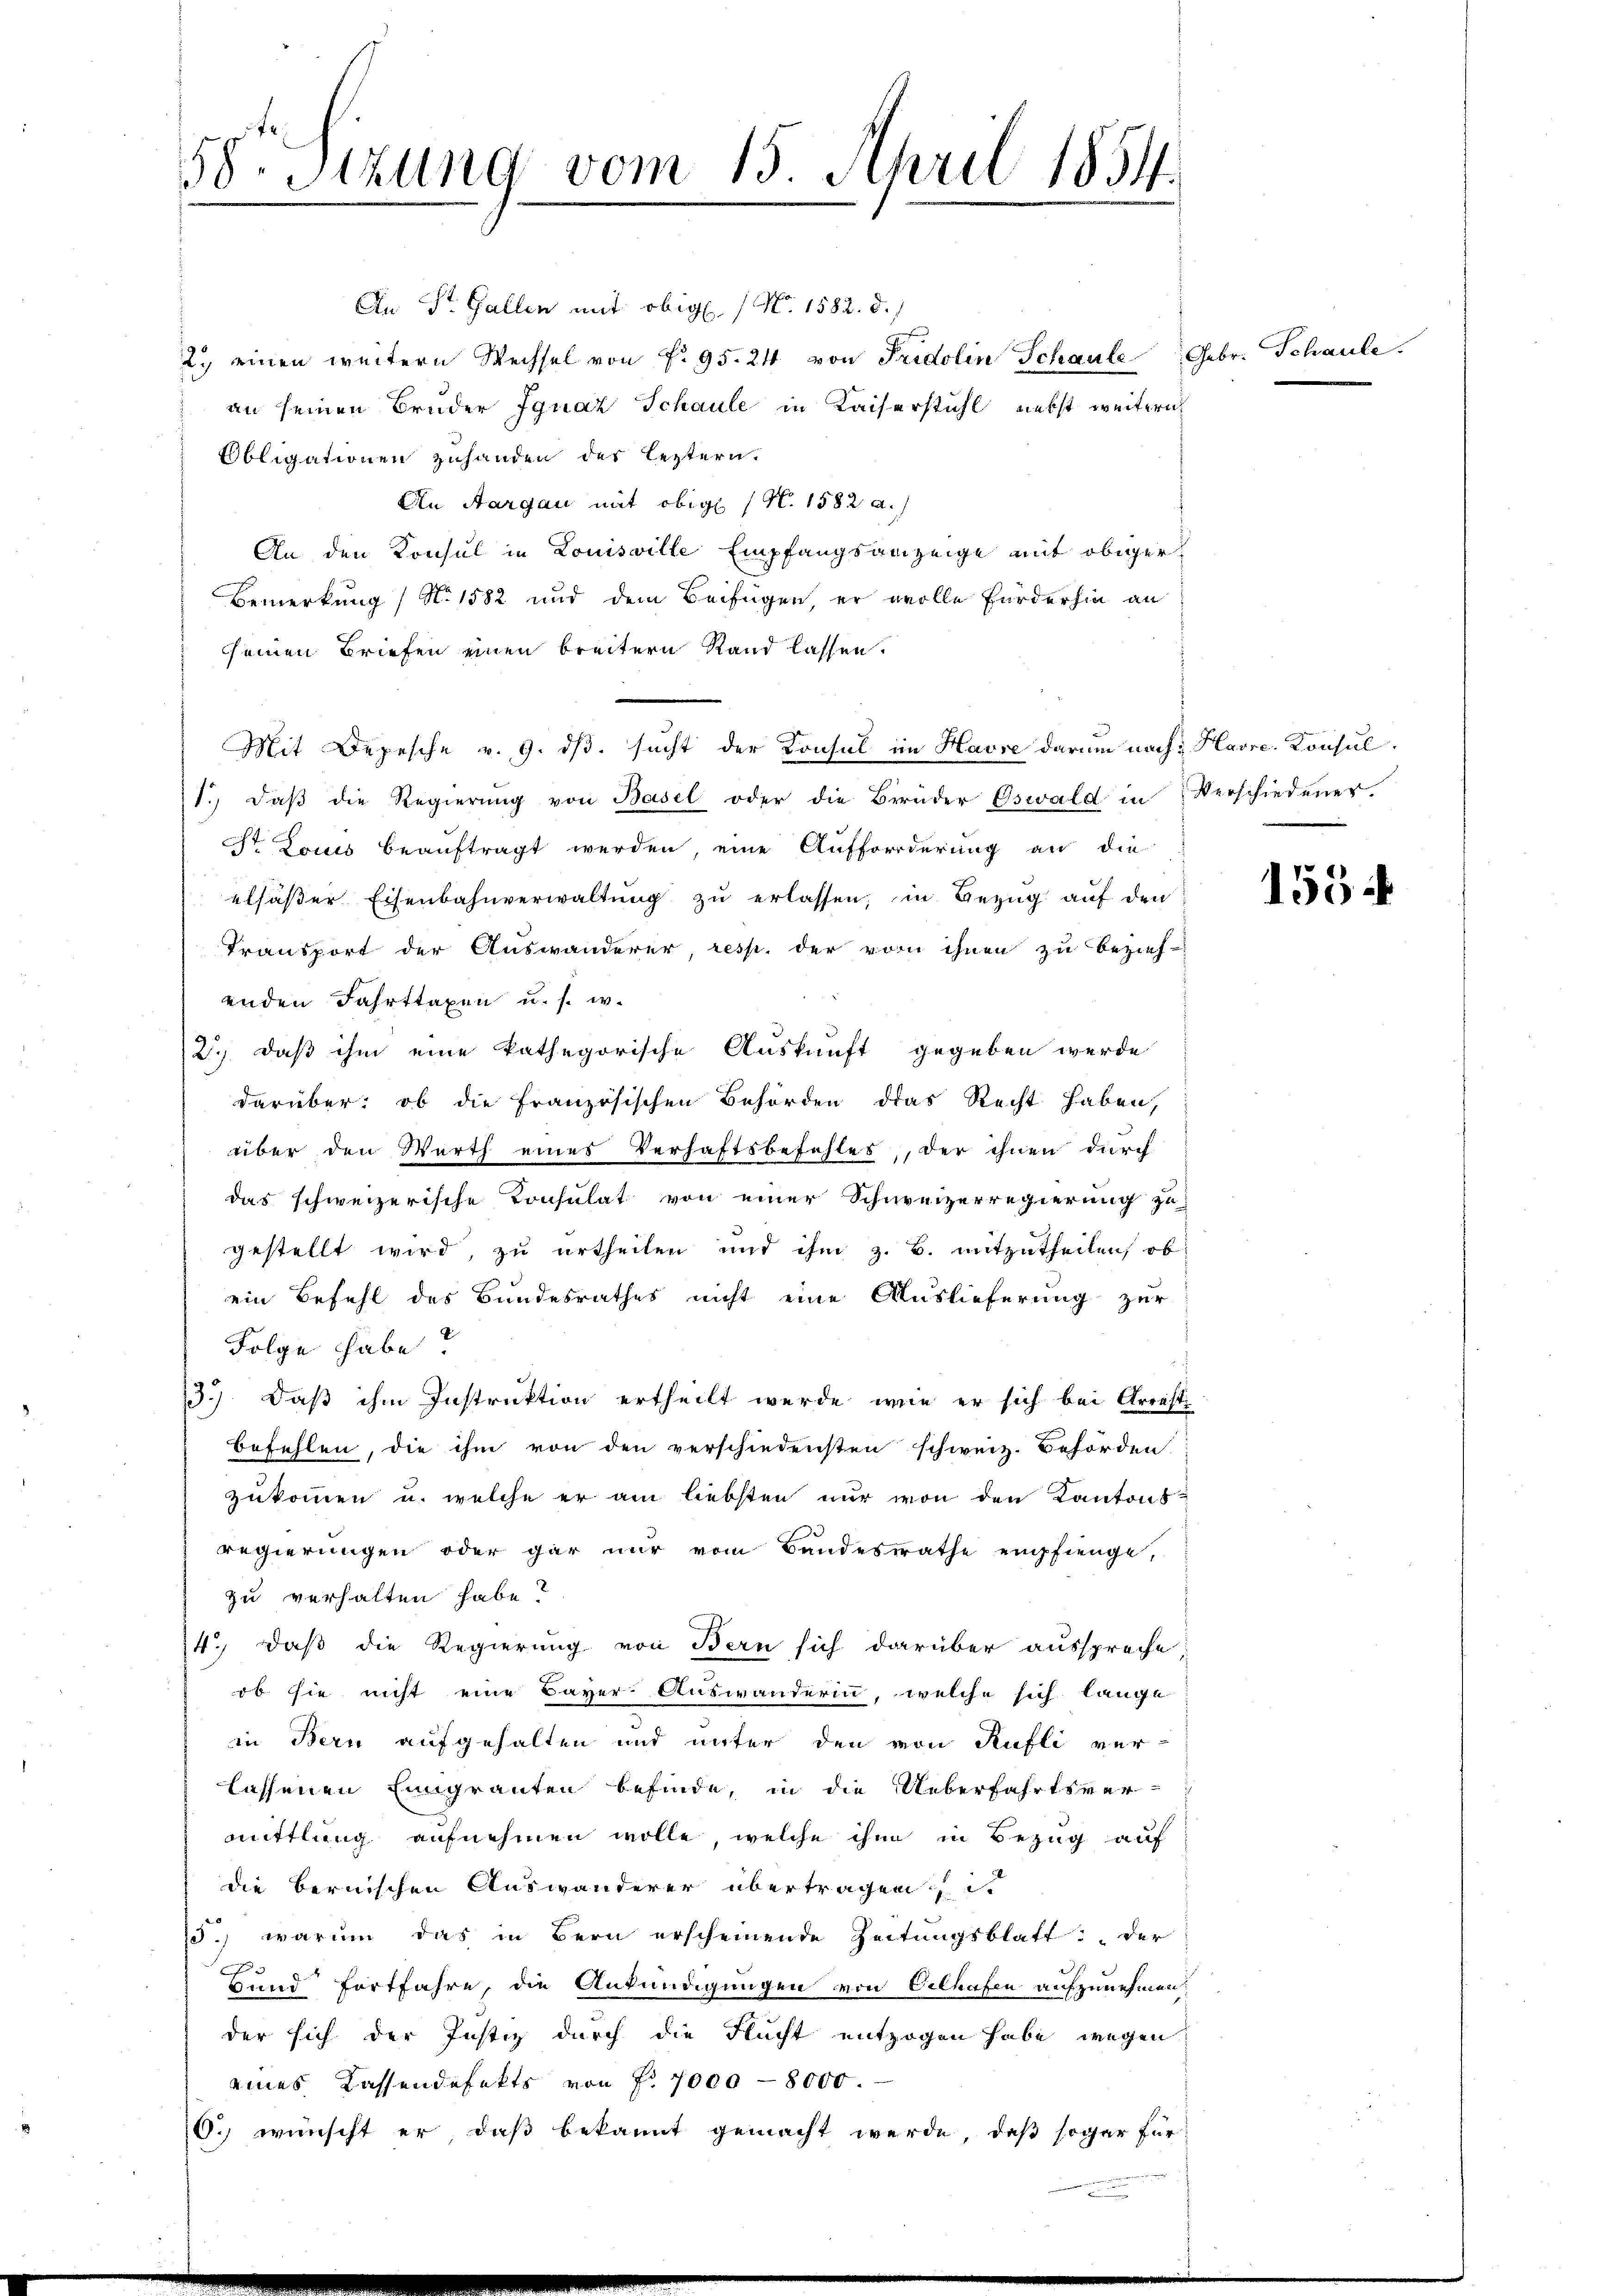
58. Sitzung vom 15. April 1854.
.

An St. Gallen mit obig. (N. 1582. d.
2.) einen weitern Wechsel von f. 95. 24 von Fridolin Schaule
an seinen Bruder Ignaz Schaule in Kaiserstuhl, nebst weitern
Obligationen zuhanden der leztern.
An Aargau mit obige (N. 1582 a.)
An den Konsul in Louisville Empfangsanzeige mit obiger
Bemerkung / No 1582 und dem Beifügen, er volle Forderhin an
sseinen Briefen einen breitern Rand lassen.
Mit Depesche v. 9. dβ. sucht der Konsul im Havre darum nach Havre. Konsul
1. daβ die Regierŭng von Basel oder die Brüder Oswald in Verschiedener.
Dr. Louis beauftragt werden, eine Aufforderung an die
elsässer Eisenbahnverwaltung zu erlassen, in Bezug auf den
Transport der Auswanderer, resp. der von ihnen zu Bezieh-
enden Fahrttaxen u. s. w.
2., daß ihm eine kathegorische Auskunft gegeben werde
darüber: ob die französischen Behörden das Recht haben,
über den Werth eines Verhaftsbefehles, der ihnen durch
das schweizerische Konsulat von einer Schweizerregierung zu
gestellt wird, zu urtheilen und ihm z. B. mitzutheilen, ob
ein Befehl des Bundesrathes nicht eine Auslieferung zur
Folge habe?
13.) Daß ihm Instruktion ertheilt werde, wie er sich bei Arrest
befehlen, die ihm von den verschiedensten schweiz. Behörden.
zukommen u. welche er am liebsten nur von den Kantons-
regierungen oder gar nur vom Bandesrathe empfienge,
zu verhalten habe?
4.) Daß die Regierung von Bern sich darüber ausspreche
ob sie nicht eine Bayer Auswanderin, welche sich lange
in Bern aufgehalten und unter den von Rufli ver-
lassenen Eingrauten befinde, in die Ueberfahrtsver-
mittlung aufnehmen wolle, welche ihm in Bezug auf
die bernischen Auswanderer übertragen.
25.) warum das in Bern erscheinende Zeitungsblatt der
Hund fortfahre, die Ankundigungen von Celhafen aufzunehmen:
der sich der Justiz durch die Flucht entzogen habe, wegen
eines Kassendofekts von Fr. 7000 - 8000.
O. wünscht er daß bekannt gemacht werde, daß sogar für

Febr. Schaule

1554